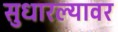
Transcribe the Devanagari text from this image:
सुधारल्यावर